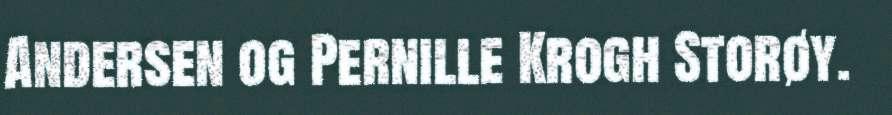
Andersen og Pernille Krogh Storøy.